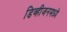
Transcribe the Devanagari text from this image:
डिव्हीजनमध्ये